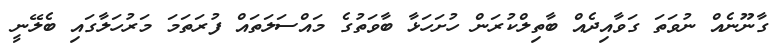
ގާނޫނެއް ނުވަތަ ގަވާއިދެއް ބާތިލްކުރަން ހުށަހަޅާ ބާވަތުގެ މައްސަލަތައް ފުރަތަމަ މަރުހަލާގައި ބެލޭނީ